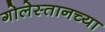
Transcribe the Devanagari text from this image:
गोलेस्तानच्या